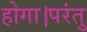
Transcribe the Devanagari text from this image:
होगा।परंतु